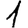
Digit: 1